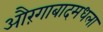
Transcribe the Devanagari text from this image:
औरंगाबादमधला